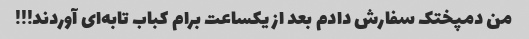
من دمپختک سفارش دادم بعد از یکساعت برام کباب تابه‌ای آوردند!!!